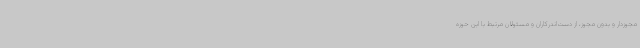
مجوزدار و بدون مجوز، از دست‌اندرکاران و مسئولان مرتبط با این حوزه